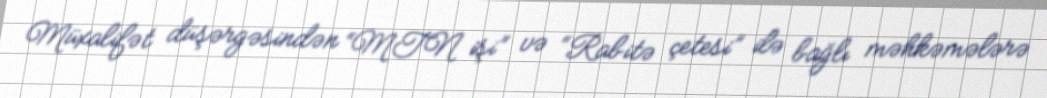
Müxalifət düşərgəsindən “MTN işi” və “Rabitə çetesi” ilə bağlı məhkəmələrə